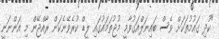
"ކުދި ގައުމުތަކަށް ވެސް ބައިނަލްއަގުވާމީ މުޖުތަމައުގައި ލީޑް ކުރެވޭނެކަން ރާއްޖޭން މި އަންނަނީ